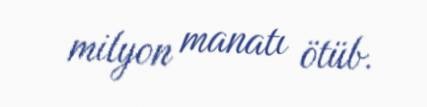
milyon manatı ötüb.